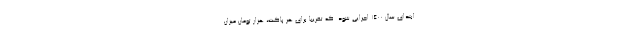
ابتدای سال 1400 اجرایی شود. که تقریبا برای هر پاکت، هزار تومان میزان